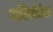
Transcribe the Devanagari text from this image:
ऑलोवेक